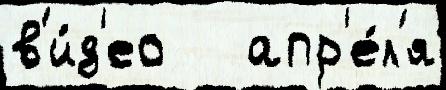
в'и́д'ео   апр'е́л'я